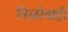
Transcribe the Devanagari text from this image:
निळोवाही